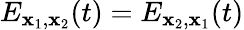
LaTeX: E_{\mathbf{x}_{1},\mathbf{x}_{2}}(t)=E_{\mathbf{x}_{2},\mathbf{x}_{1}}(t)